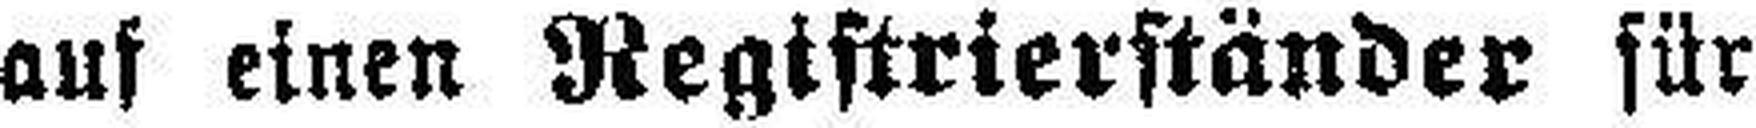
auf einen Registrierständer für